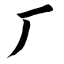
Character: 厂